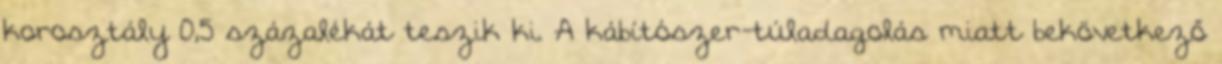
korosztály 0,5 százalékát teszik ki. A kábítószer-túladagolás miatt bekövetkező